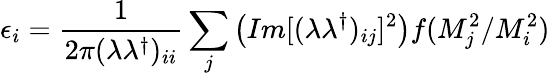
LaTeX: \epsilon_{i}=\frac{1}{2\pi(\lambda\lambda^{\dagger})_{ii}}\sum_{j}\left(Im[(\lambda\lambda^{\dagger})_{ij}]^{2}\right)f(M_{j}^{2}/M_{i}^{2})